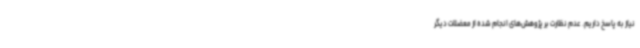
نیاز به پاسخ داریم. عدم نظارت بر پژوهش‌های انجام شده از معضلات دیگر